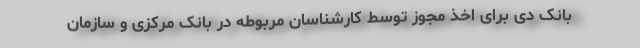
بانک دی برای اخذ مجوز توسط کارشناسان مربوطه در بانک مرکزی و سازمان